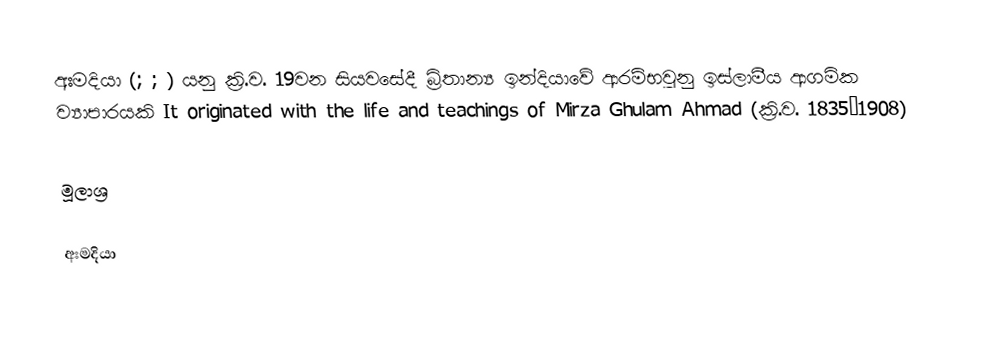
අඃමදියා (; ; ) යනු ක්‍රි.ව. 19වන සියවසේදී බ්‍රිතාන්‍ය ඉන්දියාවේ ආරම්භවුනු ඉස්ලාමීය ආගමික ව්‍යාපාරයකි  It originated with the life and teachings of Mirza Ghulam Ahmad (ක්‍රි.ව. 1835–1908)

මූලාශ්‍ර

අඃමදියා